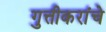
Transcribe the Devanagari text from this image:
गुत्तीकरांचे